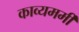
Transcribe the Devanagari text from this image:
काव्यमर्मी